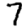
Digit: 7